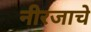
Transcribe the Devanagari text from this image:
नीरजाचे